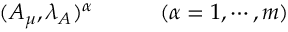
( A _ { \mu } , \lambda _ { A } ) ^ { \alpha } \qquad \quad ( \alpha = 1 , \cdots , m )